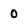
Character: 0